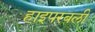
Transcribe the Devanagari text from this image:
हाइपरबली